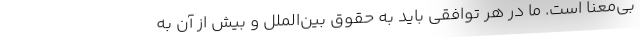
بی‌معنا است. ما در هر توافقی باید به حقوق بین‌الملل و بیش از آن به